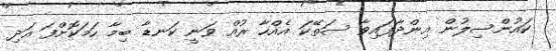
ކައުންސިލުން އިންދާފައިވާ ސަތޭކަ އެއްހާ ރުއް ވަނީ ކަނޑާ ބިމާ ހަމަކޮށްފަ އަދި